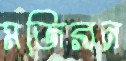
মজিরন